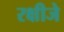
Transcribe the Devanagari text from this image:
रक्षीजे